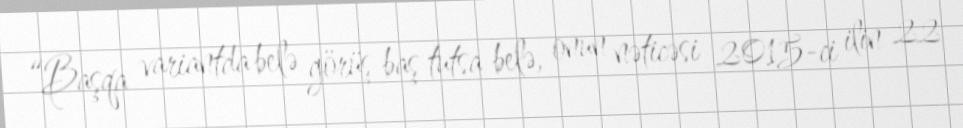
“Başqa variantda belə görüş baş tutsa belə, onun nəticəsi 2015-ci ilin 22